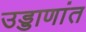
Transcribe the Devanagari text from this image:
उड्डाणांत